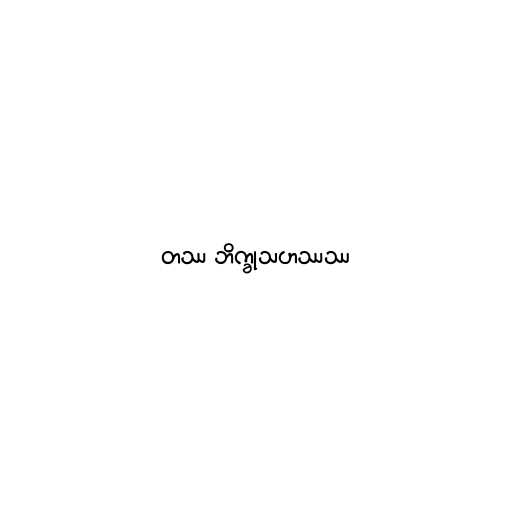
တဿ ဘိက္ခုသဟဿဿ